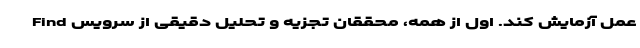
عمل آزمایش کند. اول از همه، محققان تجزیه و تحلیل دقیقی از سرویس Find